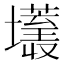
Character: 𰋂